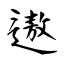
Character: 遨